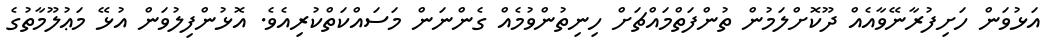
އަޅުވަން ހަށިފުރާނޭވާއެއް ދޫކޮށްލަމުން ތުންފަތްމައްޗަށް ހިނިތުންވުމެއް ގެންނަން މަސައްކަތްކުރިއެވެ. އޮޅުންފިލުވަން އުޅޭ މަޢުލޫމާތުގެ